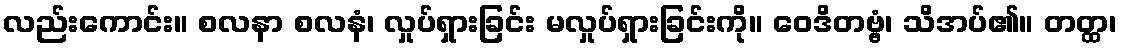
လည်းကောင်း။ စလနာ စလနံ၊ လှုပ်ရှားခြင်း မလှုပ်ရှားခြင်းကို။ ဝေဒိတဗ္ဗံ၊ သိအပ်၏။ တတ္ထ၊